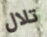
تلال